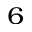
^ { 6 }